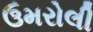
ઉમરોલી